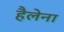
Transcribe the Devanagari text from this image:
हैलेना